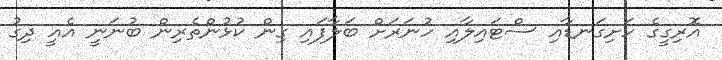
އޮރިގީގެ ހަށިގަނޑާއި ސްޓައިލާއި ހުނަރަށް ބަލާފައި ގިން ކުޅުންތެރިން ބުނަނީ އެއީ ދިގު